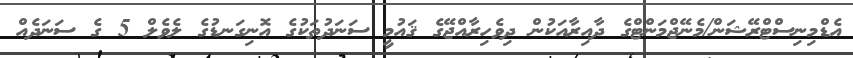
އެޑްމިނިސްޓްރޭޝަން/މެނޭޖްމަންޓްގެ ދާއިރާއަކުން ދިވެހިރާއްޖޭގެ ޤައުމީ ސަނަދުތަކުގެ އޮނިގަނޑުގެ ލެވެލް 5 ގެ ސަނަދެއް